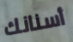
أسنانك